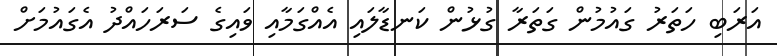
އަރަބި ހަތަރު ގައުމުން ގަތަރާ ގުޅުން ކަނޑާލައި އެއްގަމާއި ވައިގެ ސަރަހައްދު އެގައުމަށް